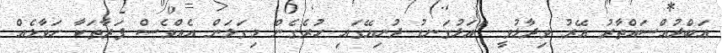
ޢަބްދުއްސައްތާރު އޭރު ވިދާޅުވީ "އަޅުގަނޑު ދުނިޔޭގައި ހުރެގެން މިގަލަން އެއްވެސް ފަރާތަކާ ހަވާލެއް